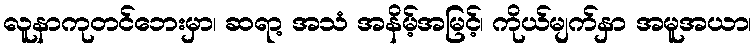
လူနာကုတင်ဘေးမှာ၊ ဆရာ့ အသံ အနိမ့်အမြင့်၊ ကိုယ်မျက်နှာ အမူအယာ၊